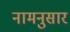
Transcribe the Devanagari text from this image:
नामनुसार